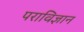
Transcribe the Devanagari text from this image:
पराविज्ञान